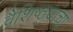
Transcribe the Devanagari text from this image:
वैशिष्ठ्यांचा